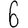
Digit: 6